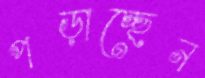
পড়াচ্ছেন